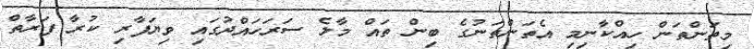
މިތަންތަން ހިއްކާނިމި އެތަންތަނުގެ ބިން ތައް މާލެ ސަރަހައްދުގައި ވިޔަފާރި ކުރާ ފަރާތް